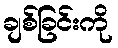
ချစ်ခြင်းကို